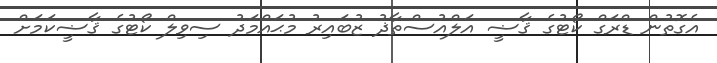
އެގޮތުން ޑްރަގް ކޯޓުގެ ޤާޟީ އަލްއުސްތާޛު ޒުބައިރު މުޙައްމަދު ސިވިލް ކޯޓުގެ ޤާޟީކަމަށް